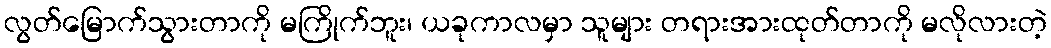
လွတ်မြောက်သွားတာကို မကြိုက်ဘူး၊ ယခုကာလမှာ သူများ တရားအားထုတ်တာကို မလိုလားတဲ့